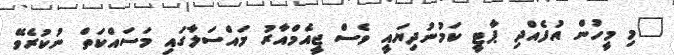
"މި މީހުން އުފެއްދި ޕާޓީ ކަމުނުދިޔައީ ވެސް ޖީއެމްއާރު މައްސަލާގައި މަސައްކަތް ނުކުރެވޭ